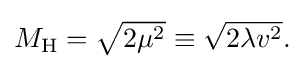
{\textstyle M_{\rm {H}}={\sqrt {2\mu ^{2}}}\equiv {\sqrt {2\lambda v^{2}}}.}